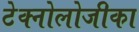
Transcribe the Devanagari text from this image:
टेक्नोलोजीका